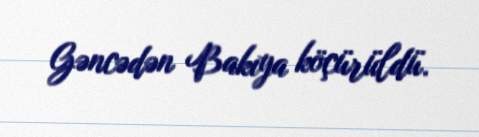
Gəncədən Bakıya köçürüldü.